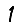
Digit: 1